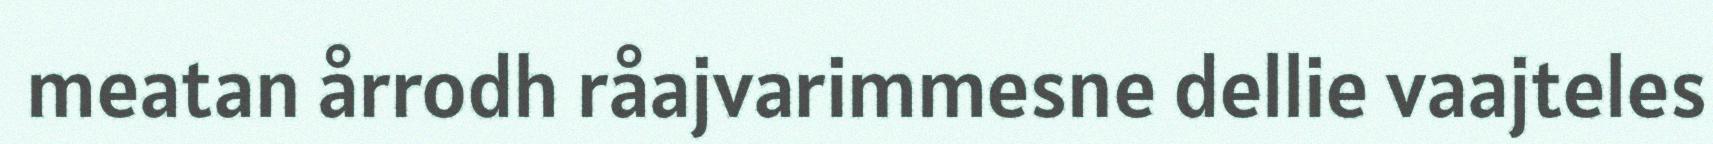
meatan årrodh råajvarimmesne dellie vaajteles